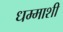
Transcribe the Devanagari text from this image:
धम्माशी